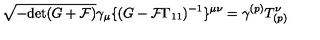
\sqrt { - \mathrm { d e t } ( G + { \cal F } ) } \gamma _ { \mu } \{ ( G - { \cal F } \Gamma _ { 1 1 } ) ^ { - 1 } \} ^ { \mu \nu } = \gamma ^ { ( p ) } T _ { ( p ) } ^ { \nu }